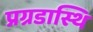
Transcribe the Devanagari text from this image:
प्रग्रडास्थि